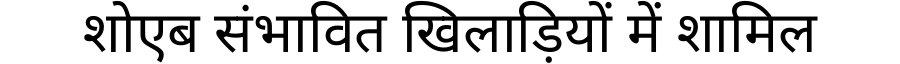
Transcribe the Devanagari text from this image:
शोएब संभावित खिलाड़ियों में शामिल